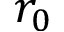
r _ { 0 }